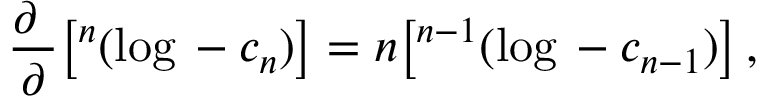
\frac { \partial ~ } { \partial \L } \big [ \L ^ { n } ( \log \L - c _ { n } ) \big ] = n \big [ \L ^ { n - 1 } ( \log \L - c _ { n - 1 } ) \big ] \, ,